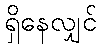
ရှိနေလျှင်